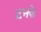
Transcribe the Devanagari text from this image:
टनके